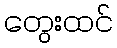
တွေးထင်